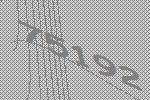
75192